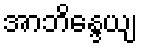
အာဘိန္ဒေယျ